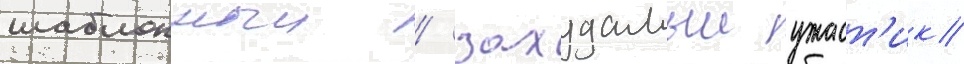
шаблонныи / захудалыи ужаст'ик/